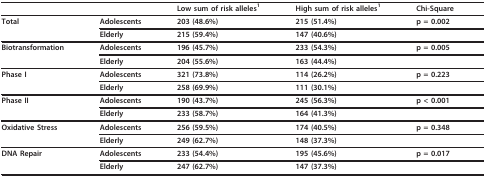
<table><thead><tr><td></td><td></td><td><b>Low sum of risk alleles<sup>1</sup></b></td><td><b>High sum of risk alleles<sup>1</sup></b></td><td><b>Chi-Square</b></td></tr></thead><tbody><tr><td><b>Total</b></td><td><b>Adolescents</b></td><td><b>203 (48.6%)</b></td><td><b>215 (51.4%)</b></td><td><b>p = 0.002</b></td></tr><tr><td></td><td><b>Elderly</b></td><td><b>215 (59.4%)</b></td><td><b>147 (40.6%)</b></td><td></td></tr><tr><td><b>Biotransformation</b></td><td><b>Adolescents</b></td><td><b>196 (45.7%)</b></td><td><b>233 (54.3%)</b></td><td><b>p = 0.005</b></td></tr><tr><td></td><td><b>Elderly</b></td><td><b>204 (55.6%)</b></td><td><b>163 (44.4%)</b></td><td></td></tr><tr><td><b>Phase I</b></td><td><b>Adolescents</b></td><td><b>321 (73.8%)</b></td><td><b>114 (26.2%)</b></td><td><b>p = 0.223</b></td></tr><tr><td></td><td><b>Elderly</b></td><td><b>258 (69.9%)</b></td><td><b>111 (30.1%)</b></td><td></td></tr><tr><td><b>Phase II</b></td><td><b>Adolescents</b></td><td><b>190 (43.7%)</b></td><td><b>245 (56.3%)</b></td><td><b>p &lt; 0.001</b></td></tr><tr><td></td><td><b>Elderly</b></td><td><b>233 (58.7%)</b></td><td><b>164 (41.3%)</b></td><td></td></tr><tr><td><b>Oxidative Stress</b></td><td><b>Adolescents</b></td><td><b>256 (59.5%)</b></td><td><b>174 (40.5%)</b></td><td><b>p = 0.348</b></td></tr><tr><td></td><td><b>Elderly</b></td><td><b>249 (62.7%)</b></td><td><b>148 (37.3%)</b></td><td></td></tr><tr><td><b>DNA Repair</b></td><td><b>Adolescents</b></td><td><b>233 (54.4%)</b></td><td><b>195 (45.6%)</b></td><td><b>p = 0.017</b></td></tr><tr><td></td><td><b>Elderly</b></td><td><b>247 (62.7%)</b></td><td><b>147 (37.3%)</b></td><td></td></tr></tbody></table>